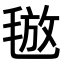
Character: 𣮙